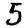
Digit: 5